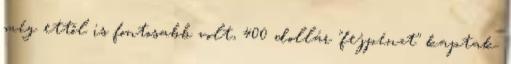
még ettől is fontosabb volt, 400 dollár "fejpénzt" kaptak.